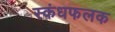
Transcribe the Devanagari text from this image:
स्कंधफलक